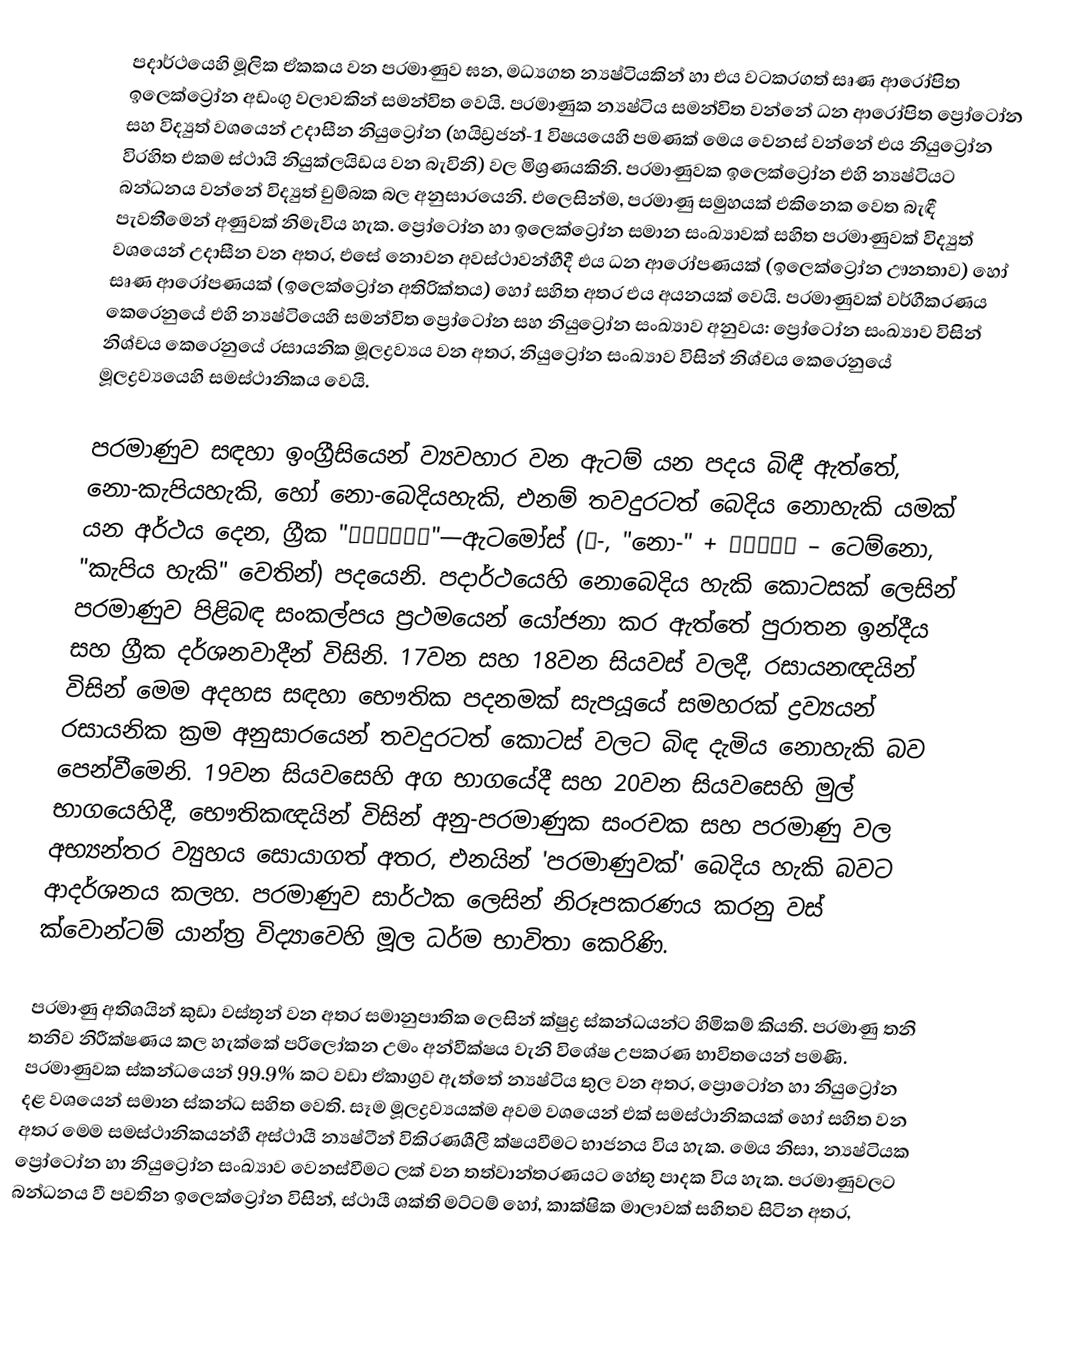
පදාර්ථයෙහි මූලික ඒකකය වන පරමාණුව ඝන, මධ්‍යගත න්‍යෂ්ටියකින් හා එය වටකරගත් සෘණ ආරෝපිත ඉලෙක්ට්‍රෝන අඩංගු වලාවකින් සමන්විත වෙයි. පරමාණුක න්‍යෂ්ටිය සමන්විත වන්නේ ධන ආරෝපිත ප්‍රෝටෝන සහ විද්‍යුත් වශයෙන් උදාසීන නියුට්‍රෝන  (හයිඩ්‍රජන්-1 විෂයයෙහි පමණක් මෙය වෙනස් වන්නේ එය නියුට්‍රෝන විරහිත එකම ස්ථායි නියුක්ලයිඩය වන බැවිනි) වල මිශ්‍රණයකිනි. පරමාණුවක ඉලෙක්ට්‍රෝන එහි න්‍යෂ්ටියට බන්ධනය වන්නේ විද්‍යුත් චුම්බක බල අනුසාරයෙනි. එලෙසින්ම, පරමාණු සමුහයක් එකිනෙක වෙත බැඳී පැවතීමෙන් අණුවක් නිමැවිය හැක. ප්‍රෝටෝන හා ඉලෙක්ට්‍රෝන සමාන සංඛ්‍යාවක් සහිත පරමාණුවක් විද්‍යුත් වශයෙන් උදාසීන වන අතර, එසේ නොවන අවස්ථාවන්හීදී එය ධන ආරෝපණයක් (ඉලෙක්ට්‍රෝන ඌනතාව) හෝ සෘණ ආරෝපණයක් (ඉලෙක්ට්‍රෝන අතිරික්තය) හෝ සහිත අතර එය අයනයක් වෙයි. පරමාණුවක් වර්ගීකරණය කෙරෙනුයේ එහි න්‍යෂ්ටියෙහි සමන්විත ප්‍රෝටෝන සහ නියුට්‍රෝන සංඛ්‍යාව අනුවය: ප්‍රෝටෝන සංඛ්‍යාව විසින් නිශ්චය කෙරෙනුයේ රසායනික මූලද්‍රව්‍යය වන අතර,  නියුට්‍රෝන සංඛ්‍යාව විසින් නිශ්චය කෙරෙනුයේ මූලද්‍රව්‍යයෙහි සමස්ථානිකය වෙයි.

පරමාණුව සඳහා ඉංග්‍රීසියෙන් ව්‍යවහාර වන ඇටම් යන පදය බිඳී ඇත්තේ, නො-කැපියහැකි, හෝ නො-බෙදියහැකි, එනම් තවදුරටත් බෙදිය නොහැකි යමක් යන අර්ථය දෙන,  ග්‍රීක "ἄτομος"—ඇටමෝස් (α-, "නො-" + τέμνω – ටෙම්නො, "කැපිය හැකි" වෙතින්) පදයෙනි.  පදාර්ථයෙහි නොබෙදිය හැකි කොටසක් ලෙසින් පරමාණුව පිළිබඳ සංකල්පය ප්‍රථමයෙන් යෝජනා කර ඇත්තේ පුරාතන ඉන්දීය සහ ග්‍රීක දර්ශනවාදීන් විසිනි. 17වන සහ 18වන සියවස් වලදී, රසායනඥයින් විසින් මෙම අදහස සඳහා භෞතික පදනමක් සැපයූයේ සමහරක් ද්‍රව්‍යයන් රසායනික ක්‍රම අනුසාරයෙන් තවදුරටත් කොටස් වලට බිඳ දැමිය නොහැකි බව පෙන්වීමෙනි. 19වන සියවසෙහි අග භාගයේදී සහ  20වන සියවසෙහි මුල් භාගයෙහිදී, භෞතිකඥයින් විසින් අනු-පරමාණුක සංරචක සහ පරමාණු වල අභ්‍යන්තර ව්‍යුහය සොයාගත් අතර, එනයින්  'පරමාණුවක්' බෙදිය හැකි බවට ආදර්ශනය කලහ. පරමාණුව සාර්ථක ලෙසින්  නිරූපකරණය කරනු වස් ක්වොන්ටම් යාන්ත්‍ර විද්‍යාවෙහි මූල ධර්ම භාවිතා කෙරිණි.

පරමාණු අතිශයින් කුඩා වස්තූන් වන අතර සමානුපාතික ලෙසින් ක්ෂුද්‍ර ස්කන්ධයන්ට හිමිකම් කියති. පරමාණු තනි තනිව නිරීක්ෂණය කල හැක්කේ  පරිලෝකන උමං අන්වීක්ෂය වැනි විශේෂ උපකරණ භාවිතයෙන් පමණි. පරමාණුවක ස්කන්ධයෙන් 99.9% කට වඩා ඒකාග්‍රව ඇත්තේ න්‍යෂ්ටිය තුල වන අතර,  ප්‍රොටෝන හා නියුට්‍රෝන දළ වශයෙන් සමාන ස්කන්ධ සහිත වෙති. සෑම මූලද්‍රව්‍යයක්ම අවම වශයෙන් එක් සමස්ථානිකයක් හෝ සහිත වන  අතර මෙම සමස්ථානිකයන්හී අස්ථායී න්‍යෂ්ටීන් විකිරණශීලී ක්ෂයවීමට භාජනය විය හැක. මෙය නිසා, න්‍යෂ්ටියක ප්‍රෝටෝන හා නියුට්‍රෝන සංඛ්‍යාව වෙනස්වීමට ලක් වන තත්වාන්තරණයට හේතු පාදක විය හැක. පරමාණුවලට බන්ධනය වී පවතින ඉලෙක්ට්‍රෝන විසින්, ස්ථායී ශක්ති මට්ටම් හෝ, කාක්ෂික මාලාවක් සහිතව සිටින අතර,